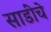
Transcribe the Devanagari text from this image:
साडींचे